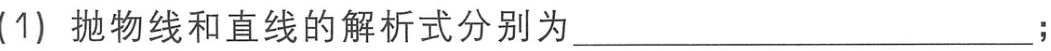
(1) 抛物线和直线的解析式分别为_________________________;